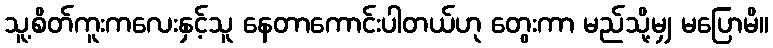
သူ့စိတ်ကူးကလေးနှင့်သူ နေတာကောင်းပါတယ်ဟု တွေးကာ မည်သို့မျှ မပြောမိ။